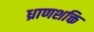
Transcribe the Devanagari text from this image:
ध्राणशक्ति